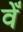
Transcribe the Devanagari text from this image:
वेँ